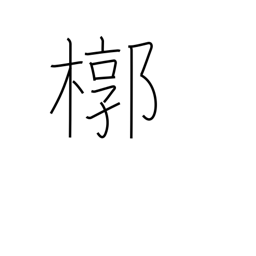
Meaning: outer box for a coffin